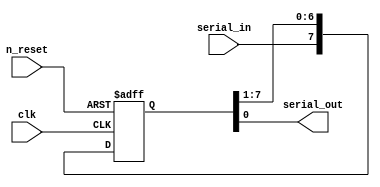
`timescale 1ns / 1ps
//////////////////////////////////////////////////////////////////////////////////
// Company: 
// 
// Design Name: 
// Module Name: shift_reg
// Project Name: 
// Target Devices: 
// Tool Versions: 
// Description: N bit shift register shifts its content to the 
//              right by one position in each clock cycle
// Dependencies: 
// 
// Revision:
// Revision 0.01 - File Created
// Additional Comments:
/*
    though it's obvious, it's worth mentioning that declaring N regs R_current is to store the current state, which corresponds to synthesizing N flipflops
    R_next is the next state of the flipflops which corresponds to an input connected to D-port, hence it's declared as wire
*/
// 
//////////////////////////////////////////////////////////////////////////////////


module shift_reg
#(parameter N = 8)(
    input wire serial_in, clk, n_reset,
    output wire serial_out
    );
    
    reg [N-1: 0] R_current;
    wire [N-1: 0] R_next;

    always @(posedge clk or negedge n_reset ) begin
        if(~n_reset)
            R_current <= 0;
        else
            R_current <= R_next;
    end
    assign R_next = {serial_in, R_current[N-1: 1]};
    assign serial_out = R_current[0];

endmodule